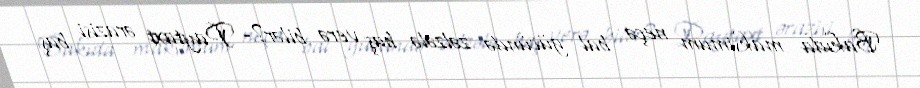
Bakıda maksimum neçə bal gücündə zəlzələ baş verə bilər?- Paytaxt ərazisi baş